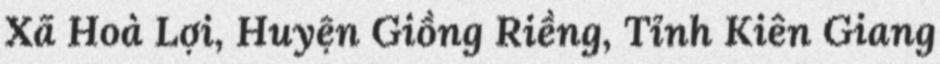
Xã Hoà Lợi, Huyện Giồng Riềng, Tỉnh Kiên Giang